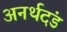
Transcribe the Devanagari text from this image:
अनर्थदंड